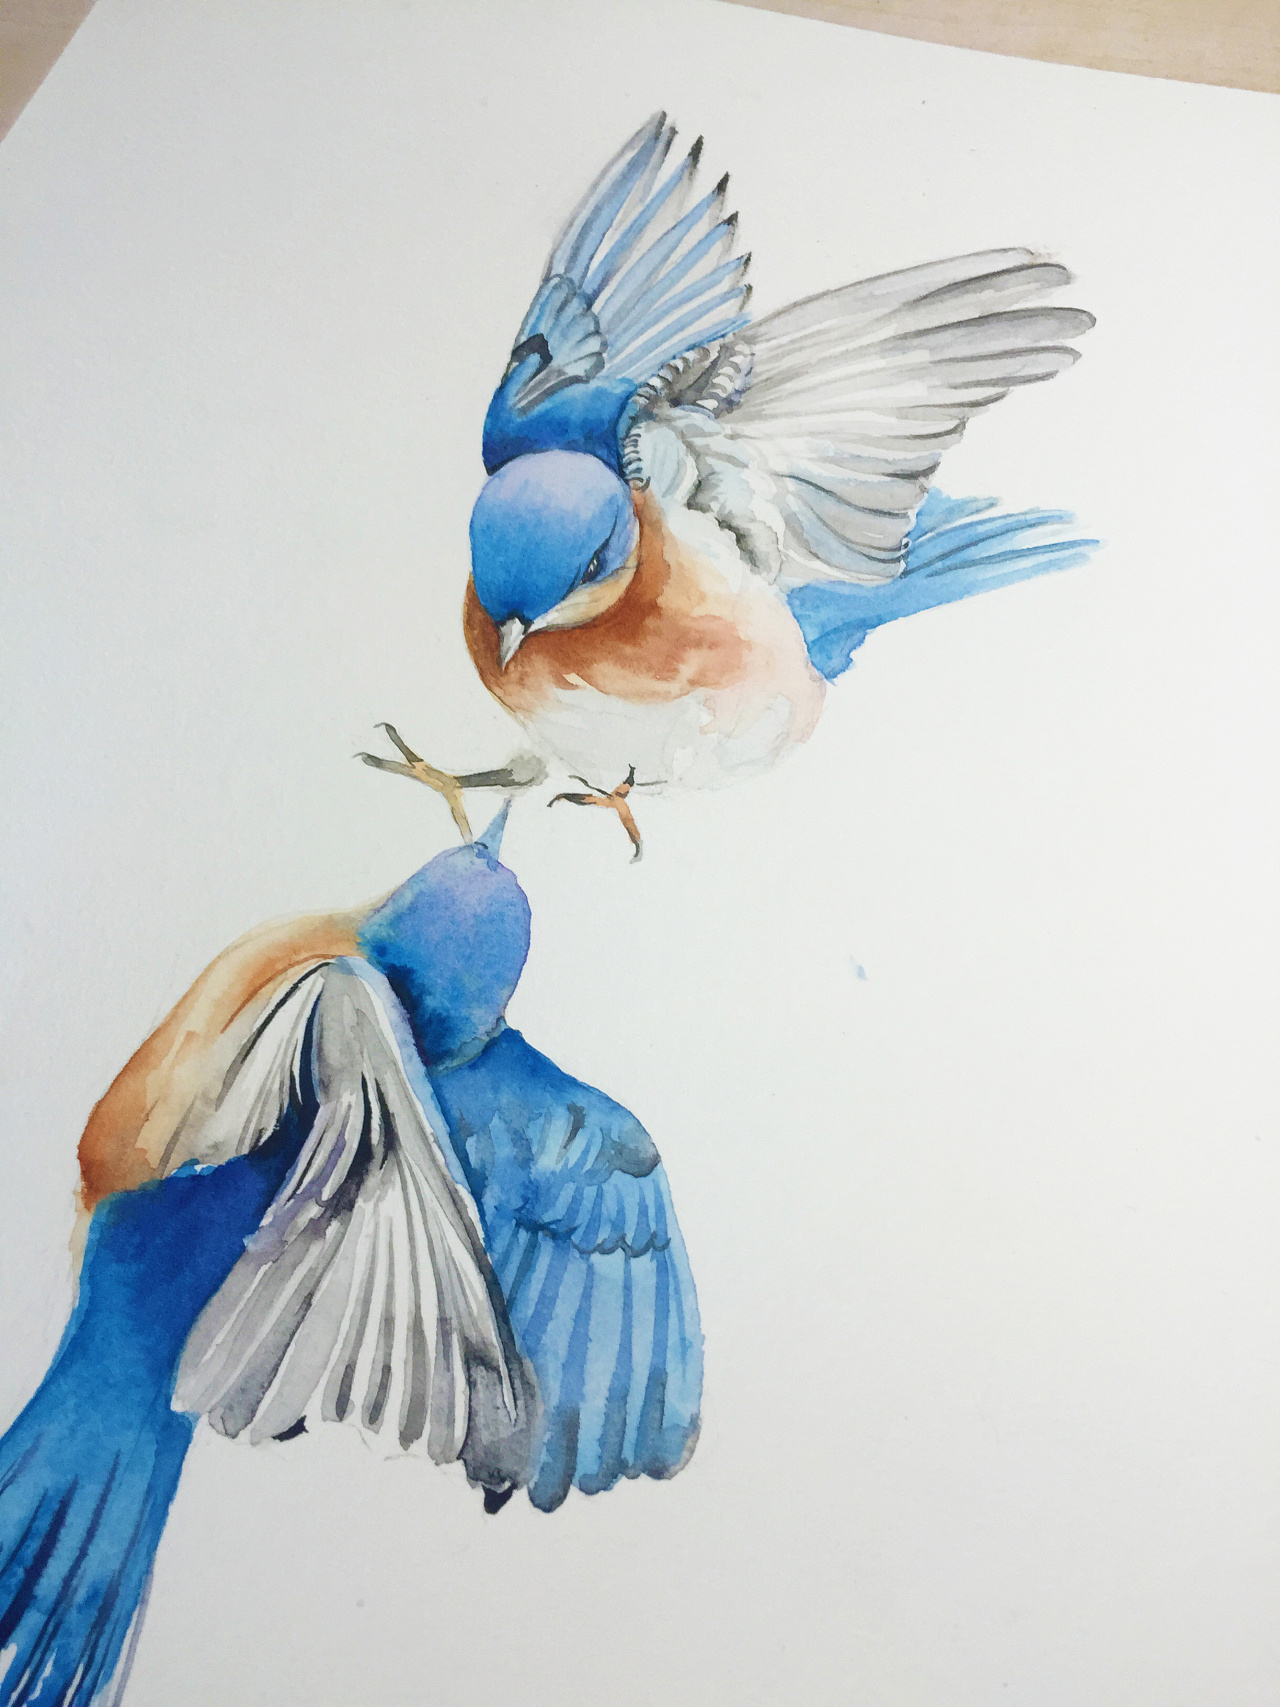
鸟向檐上飞，云从窗里出。